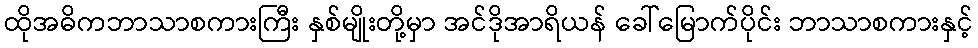
ထိုအဓိကဘာသာစကားကြီး နှစ်မျိုးတို့မှာ အင်ဒိုအာရိယန် ခေါ်မြောက်ပိုင်း ဘာသာစကားနှင့်